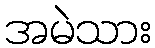
အမဲသား